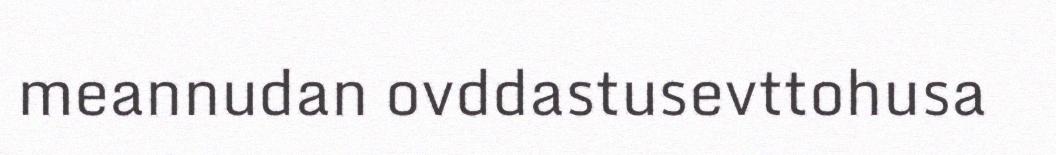
meannudan ovddastusevttohusa